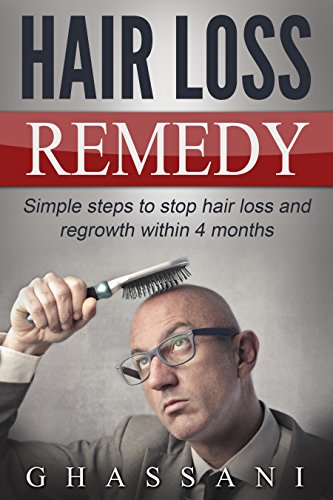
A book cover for Hair loss remedy: Simple steps to stop hair loss and regrowth within 4 months; Ghassani Salah; Health, Fitness & Dieting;